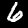
Label: 6